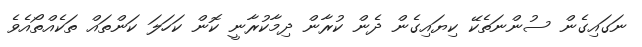
ނަގައިގެން ސުންނަތެކޭ ކިޔައިގެން ދެން ކުރާން ދިމާކުރާނީ ކޮން ކަހަލަ ކަންތައް ތަކެއްތޯއެވެ